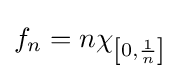
f_{n}=n\chi _{\left[0,{\frac {1}{n}}\right]}